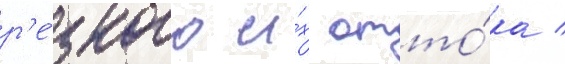
р'е́зкого и́х отто́ка /